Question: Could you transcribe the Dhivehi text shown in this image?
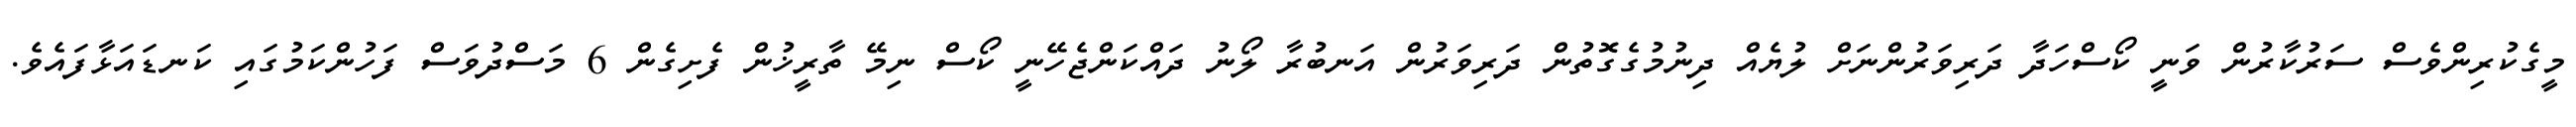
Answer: މީގެކުރިންވެސް ސަރުކާރުން ވަނީ ކޯސްހަދާ ދަރިވަރުންނަށް ލުޔެއް ދިނުމުގެގޮތުން ދަރިވަރުން އަނބުރާ ލޯނު ދައްކަންޖެހޭނީ ކޯސް ނިމޭ ތާރީޚުން ފެށިގެން 6 މަސްދުވަސް ފަހުންކަމުގައި ކަނޑައަޅާފައެވެ.